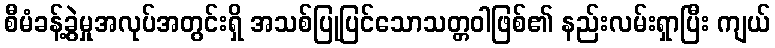
စီမံခန့်ခွဲမှုအလုပ်အတွင်းရှိ အသစ်ပြုပြင်သောသတ္တဝါဖြစ်၏ နည်းလမ်းရှာပြီး ကျယ်